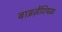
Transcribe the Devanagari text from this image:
बाइज़ेंटियम